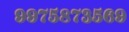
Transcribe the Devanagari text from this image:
९९७५८७३५६९